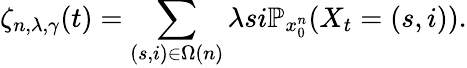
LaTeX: \zeta_{n,\lambda,\gamma}(t)=\sum_{(s,i)\in\Omega(n)}\lambda si\mathbb{P}_{x_{0}^{n}}(X_{t}=(s,i)).